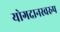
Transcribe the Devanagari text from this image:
योगदानस्वरुप